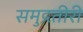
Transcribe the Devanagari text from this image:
समुद्रतीरी